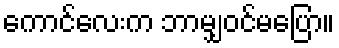
ကောင်လေးက ဘာမျှဝင်မပြော။